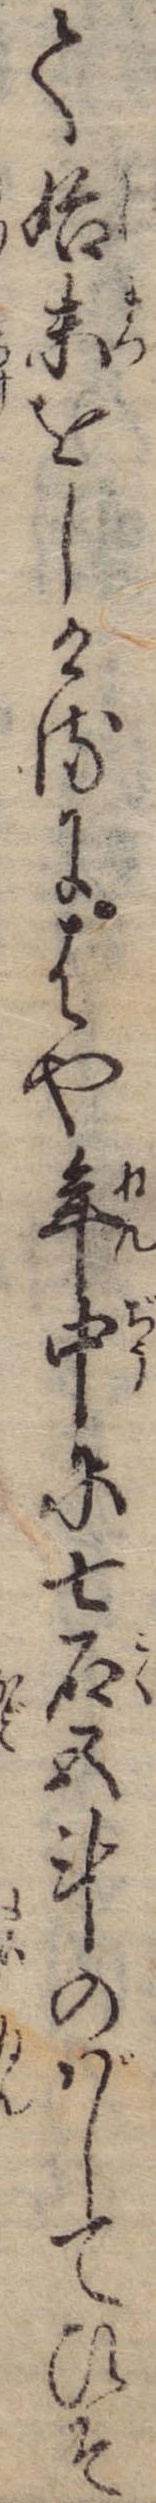
て始末をしけるにはや年中に七石五斗のばしてひそ